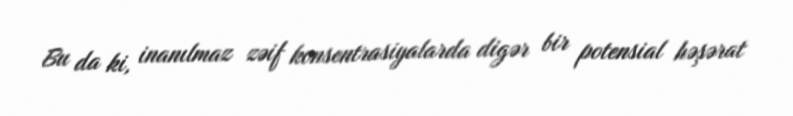
Bu da ki, inanılmaz zəif konsentrasiyalarda digər bir potensial həşərat